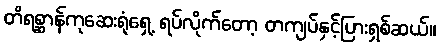
တိရစ္ဆာန်ကုဆေးရုံရှေ့ ရပ်လိုက်တော့ တကျပ်နှင့်ပြားရှစ်ဆယ်။